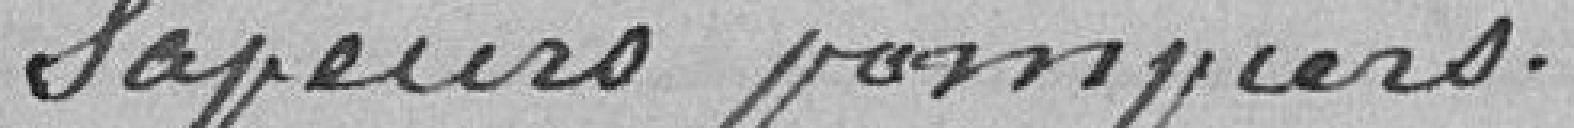
sapeurs-pompiers.